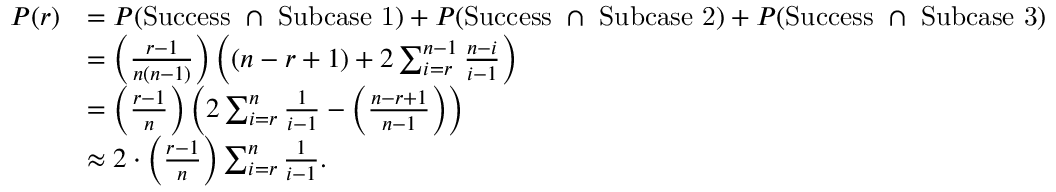
\begin{array} { r l } { P ( r ) } & { = P ( \mathrm { S u c c e s s ~ } \cap \mathrm { ~ S u b c a s e ~ 1 } ) + P ( \mathrm { S u c c e s s ~ } \cap \mathrm { ~ S u b c a s e ~ 2 } ) + P ( \mathrm { S u c c e s s ~ } \cap \mathrm { ~ S u b c a s e ~ 3 } ) } \\ & { = \left( \frac { r - 1 } { n ( n - 1 ) } \right) \left( ( n - r + 1 ) + 2 \sum _ { i = r } ^ { n - 1 } \frac { n - i } { i - 1 } \right) } \\ & { = \left( \frac { r - 1 } { n } \right) \left( 2 \sum _ { i = r } ^ { n } \frac { 1 } { i - 1 } - \left( \frac { n - r + 1 } { n - 1 } \right) \right) } \\ & { \approx 2 \cdot \left( \frac { r - 1 } { n } \right) \sum _ { i = r } ^ { n } \frac { 1 } { i - 1 } . } \end{array}